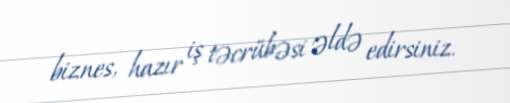
biznes, hazır iş təcrübəsi əldə edirsiniz.